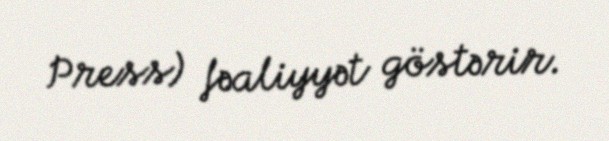
Press) fəaliyyət göstərir.